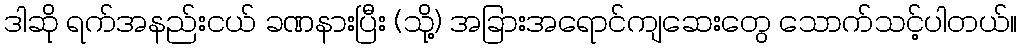
ဒါဆို ရက်အနည်းငယ် ခဏနားပြီး (သို့) အခြားအရောင်ကျဆေးတွေ သောက်သင့်ပါတယ်။